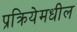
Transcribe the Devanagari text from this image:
प्रक्रियेमधील